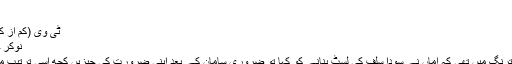
لگثرری ولا ایک عدد
لینڈ کروزر دو عدد
ٹی وی (کم از کم چالیس انچ) ایک عدد
نوکر چاکر حسب ِ ضرورت
ہائے‘ کل نجانے کس ترنگ میں تھی کہ اماں نے سودا سلف کی لسٹ بنانے کو کہا تو ضروری سامان کے بعد اپنی ضرورت کی چیزیں کچھ اسی ترتیب میں لکھی تھیں اس نے۔